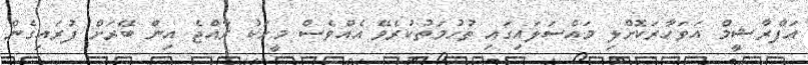
އަފްރާޝީމް އަވަހާރަކޮށްލި މައްސަލައިގައި ތުހުމަތުކުރެވޭ އެއްވެސް މީހަކު ރާއްޖެ އިން ބޭރަށް ފުރައިގެން